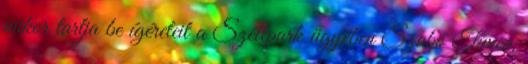
mikor tartja be ígéreteit a Széllpark ügyében Szabó Tímea,